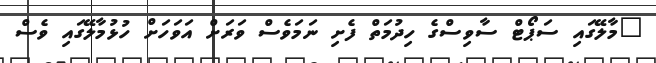
"މާލޭގައި ސަޕޯޓް ސާވިސްގެ ހިދުމަތް ފެށި ނަމަވެސް ވަރަށް އަވަހަށް ހުޅުމާލޭގައި ވެސް